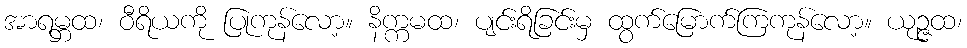
အာရမ္ဘထ၊ ဝီရိယကို ပြုကုန်လော့။ နိက္ကမထ၊ ပျင်းရိခြင်းမှ ထွက်မြောက်ကြကုန်လော့။ ယုဉ္ဇထ၊